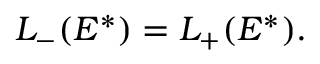
L _ { - } ( E ^ { * } ) = L _ { + } ( E ^ { * } ) .